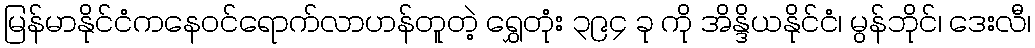
မြန်မာနိုင်ငံကနေဝင်ရောက်လာဟန်တူတဲ့ ရွှေတုံး ၃၉၄ ခု ကို အိန္ဒိယနိုင်ငံ၊ မွန်ဘိုင်၊ ဒေးလီ၊